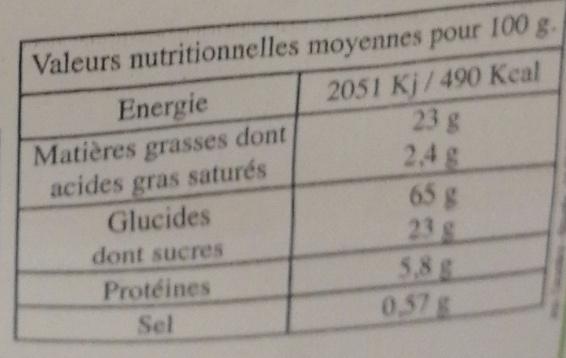
Valeurs nutritionnelles moyennes pour 100 g. 2051 Kj/490 Keal 23 g
Energie
Matières grasses dont acides gras saturés Glucides
2.4g 65 g 23g 5,8 g 0,57g
dont sucres
Protéines
Sel